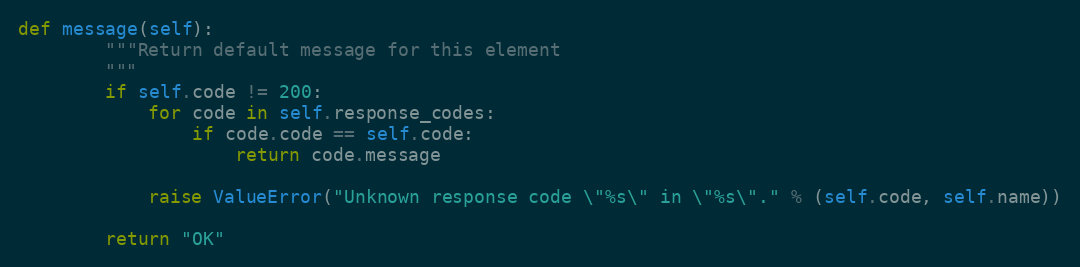
Language: Python
def message(self):
        """Return default message for this element
        """
        if self.code != 200:
            for code in self.response_codes:
                if code.code == self.code:
                    return code.message

            raise ValueError("Unknown response code \"%s\" in \"%s\"." % (self.code, self.name))

        return "OK"